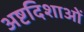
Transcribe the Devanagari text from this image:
अष्टदिशाओं